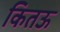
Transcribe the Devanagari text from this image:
कितऊ